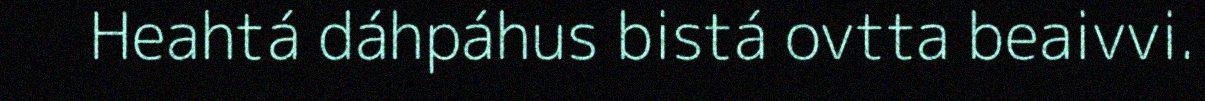
Heahtá dáhpáhus bistá ovtta beaivvi.